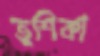
তুশিকা